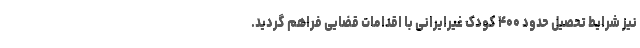
نیز شرایط تحصیل حدود ۴۰۰ کودک غیرایرانی با اقدامات قضایی فراهم گردید.